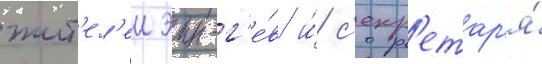
жит'ел'еи эин-г'е́в и́ с'екр'етар'я́